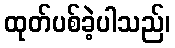
ထုတ်ပစ်ခဲ့ပါသည်၊